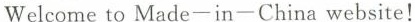
Welcome to Made-in-China website!